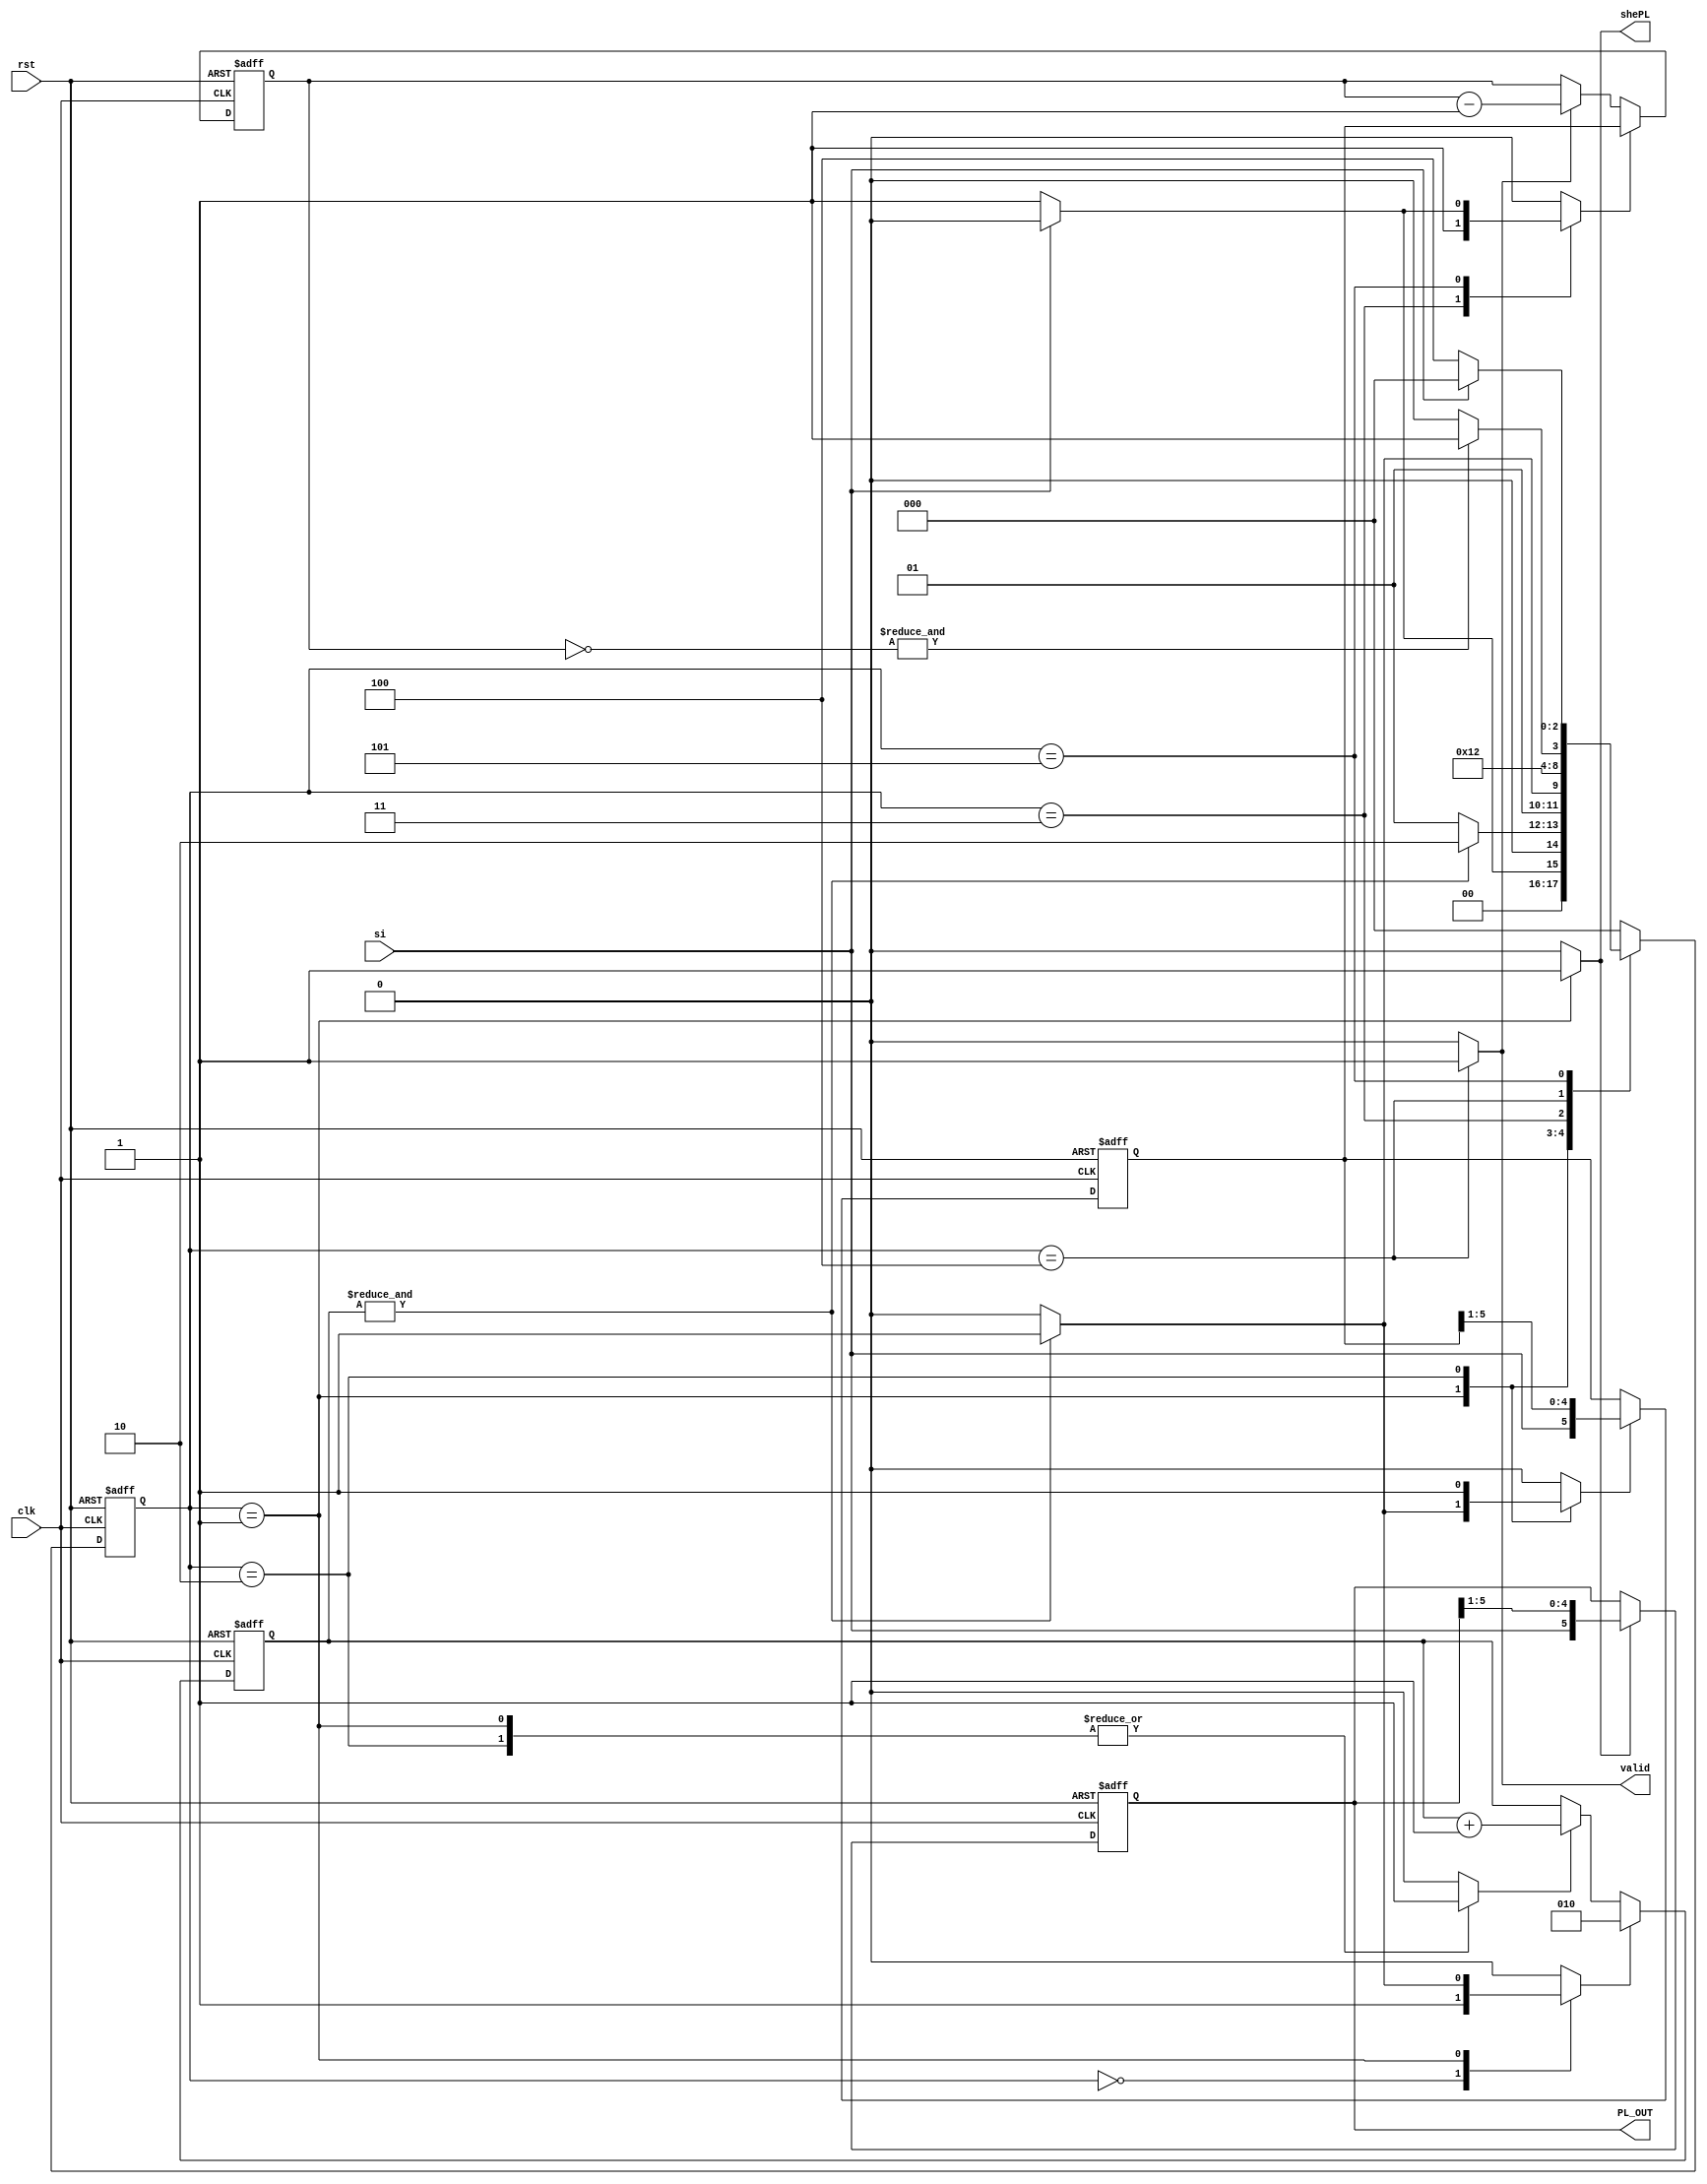
`timescale 1ns/1ns
module controller(input clk,rst,si,output reg shePL,output reg valid,output reg[5:0] PL_OUT);
  parameter[2:0] idle=3'b000,getPL=3'b001,pause=3'b011,getC=3'b010,getdata=3'b100,spacer=3'b101;
  reg[2:0]ns,ps;
  reg[5:0]creg;
  reg[2:0]countout;
  reg initc,incc,initcdata,dc;
  reg sheC;
  wire czero;
  wire co;
  reg[5:0]parout;
  always@(si,co,czero,ps)begin
    ns=idle;
    {initc,shePL,sheC,incc,valid,dc,initcdata}=7'b0;
    case(ps)
      idle: begin ns=si?idle:getPL; initc=1'b1;end
      getPL: begin ns=co?getC:getPL; shePL=1'b1; initc=co?1'b1:1'b0; incc=1'b1;sheC=co?1:0;end 
      getC:begin ns=co?pause:getC; sheC=1'b1;incc=1'b1; end //initcdata=co?1'b1:1'b0;
      pause:begin ns=getdata; initcdata=1'b1;end
      getdata:begin ns=czero?spacer:getdata; valid=1'b1;dc=1'b1;end
      spacer:begin ns=si?idle:getdata; initcdata=si?1'b0:1'b1;end
      endcase
    end
    always@(posedge clk,posedge rst)begin
      if(rst) ps<=3'b000;
      else ps<=ns;
      end
      // counter 3bit
    always@(posedge clk,posedge rst)begin
      if(rst) countout<=3'b000;
      else if(initc) countout<=3'b010;
      else if(incc) countout<=countout+1;
      end
      assign co=&{countout};
      //shift register C
      always@(posedge clk,posedge rst)begin
       if(rst) creg<=6'b0;
       else if(sheC)  creg<={si,creg[5:1]};
      end
       //shift register PL
      always@(posedge clk,posedge rst)begin
       if(rst) PL_OUT<=6'b0;
       else if(shePL)  PL_OUT<={si,PL_OUT[5:1]};
      end
      //counter size c
      always@(posedge clk,posedge rst)begin
      if(rst) parout<=6'b0;
    else if(initcdata) parout<=creg;
      else if(dc) parout<=parout-1;
        end
      assign czero=&{~parout};
        
    endmodule